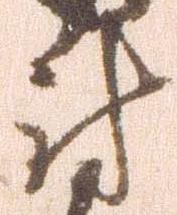
尉